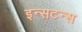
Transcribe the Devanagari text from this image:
इन्सटन्स